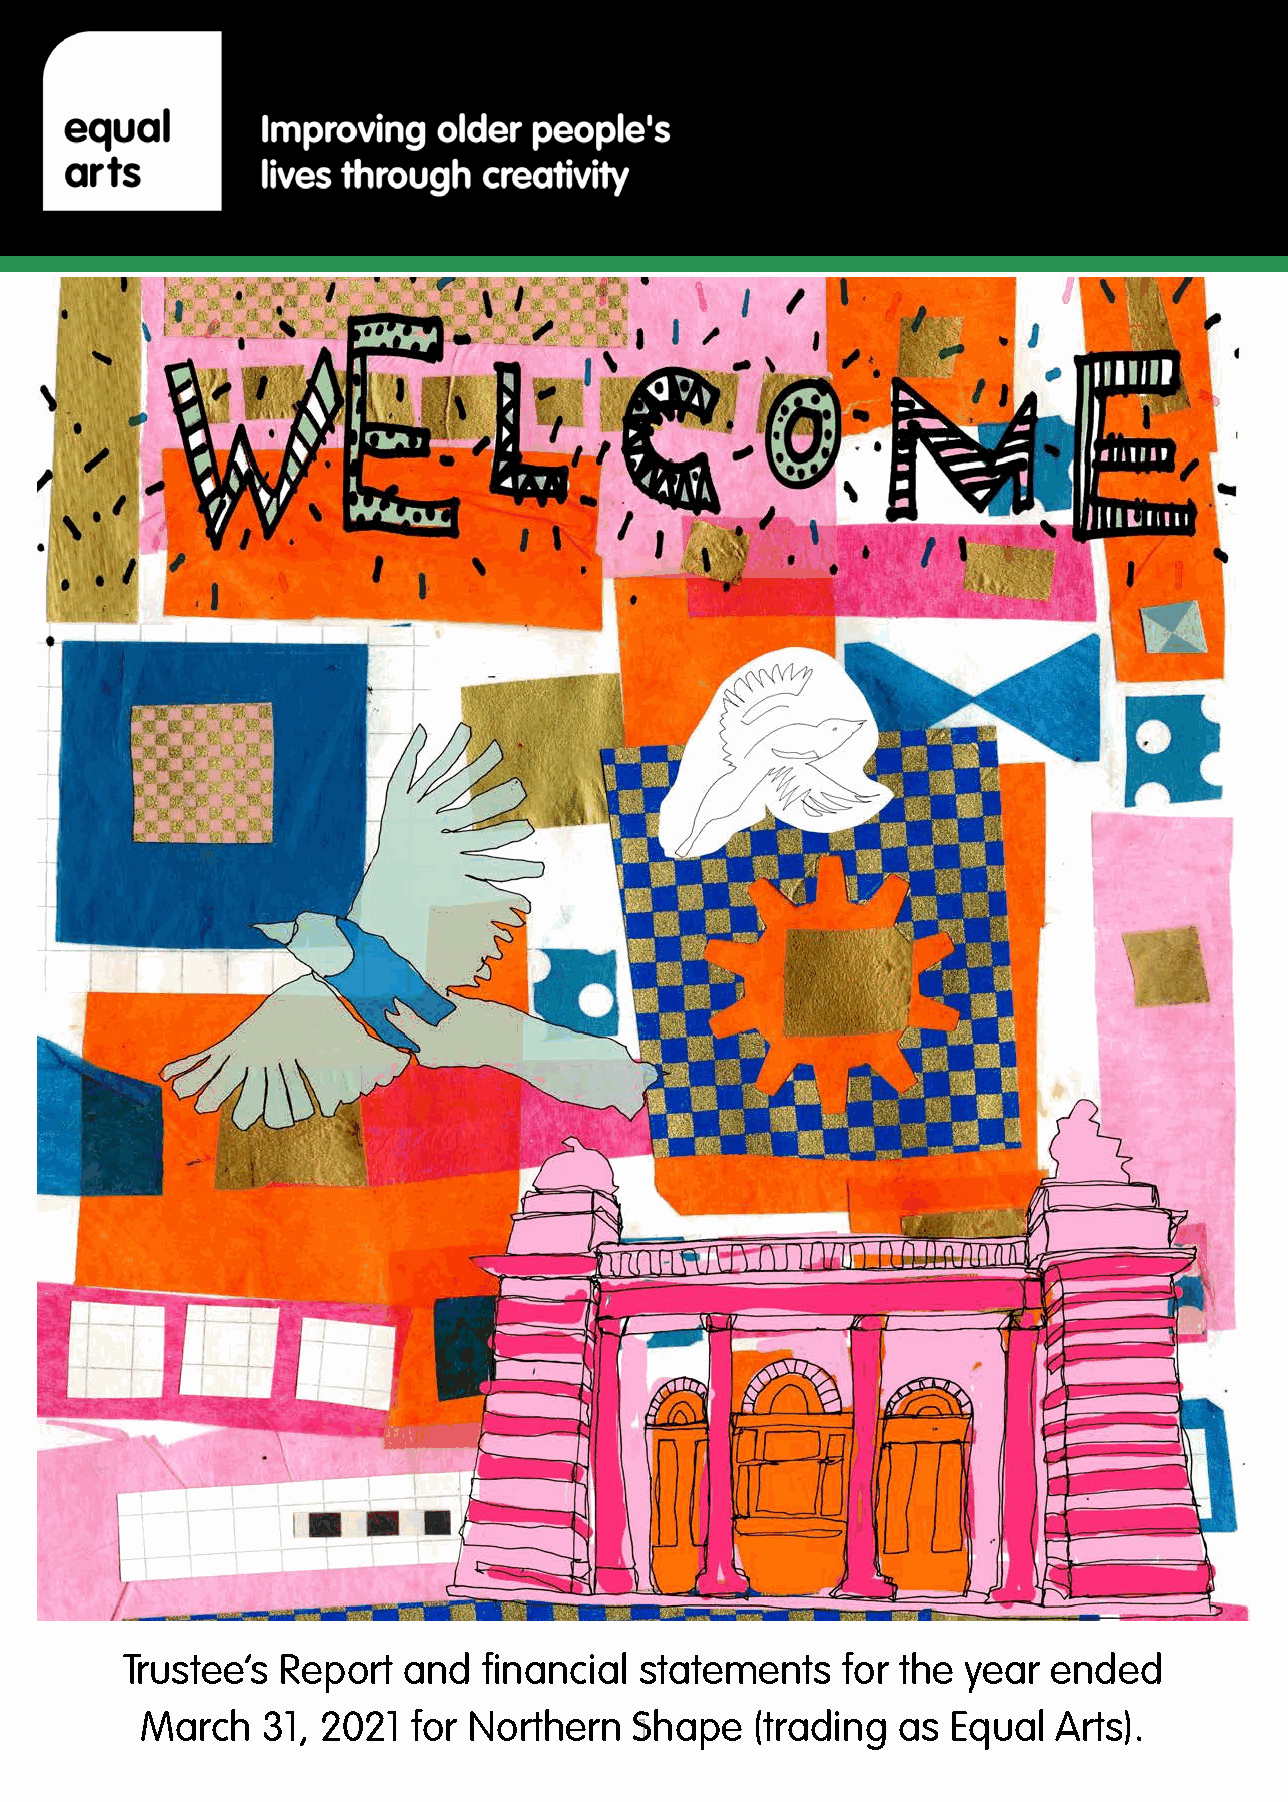
Equal Arts Financial statements for the year ended March 31, 2021
 Trustee’s  Report  and  financial statements    for the year  ended
 March   31, 2021  for Northern   Shape   (trading as  Equal  Arts).
 1